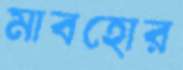
মাবহোর